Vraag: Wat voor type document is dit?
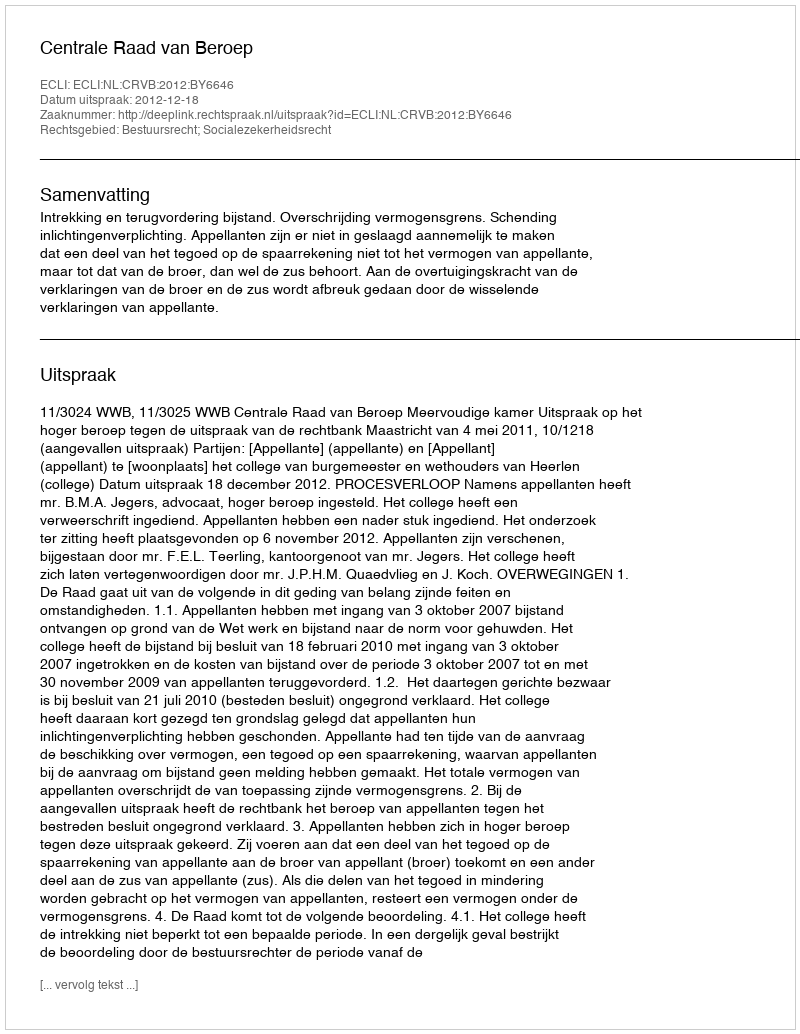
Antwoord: Uitspraak